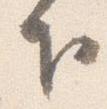
下